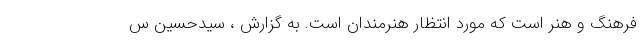
فرهنگ و هنر است که مورد انتظار هنرمندان است. به گزارش ، سیدحسین س